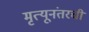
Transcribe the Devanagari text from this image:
मृत्यूनंतरची